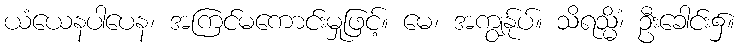
ယံယေနပါပေန၊ အကြင်မကောင်းမှုဖြင့်။ မေ၊ အကျွန်ုပ်။ သိရသ္မိံ၊ ဦးခေါင်း၌။